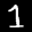
Label: 1